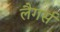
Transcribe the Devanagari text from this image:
लैगर्स